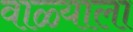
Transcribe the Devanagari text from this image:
वाळ्याला